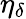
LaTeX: \eta_{\delta}